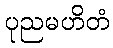
ပုညမဟိတံ